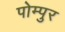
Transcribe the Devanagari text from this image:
पोम्पुर